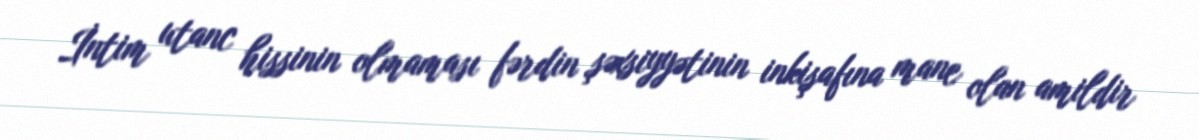
İntim utanc hissinin olmaması fərdin şəxsiyyətinin inkişafına mane olan amildir